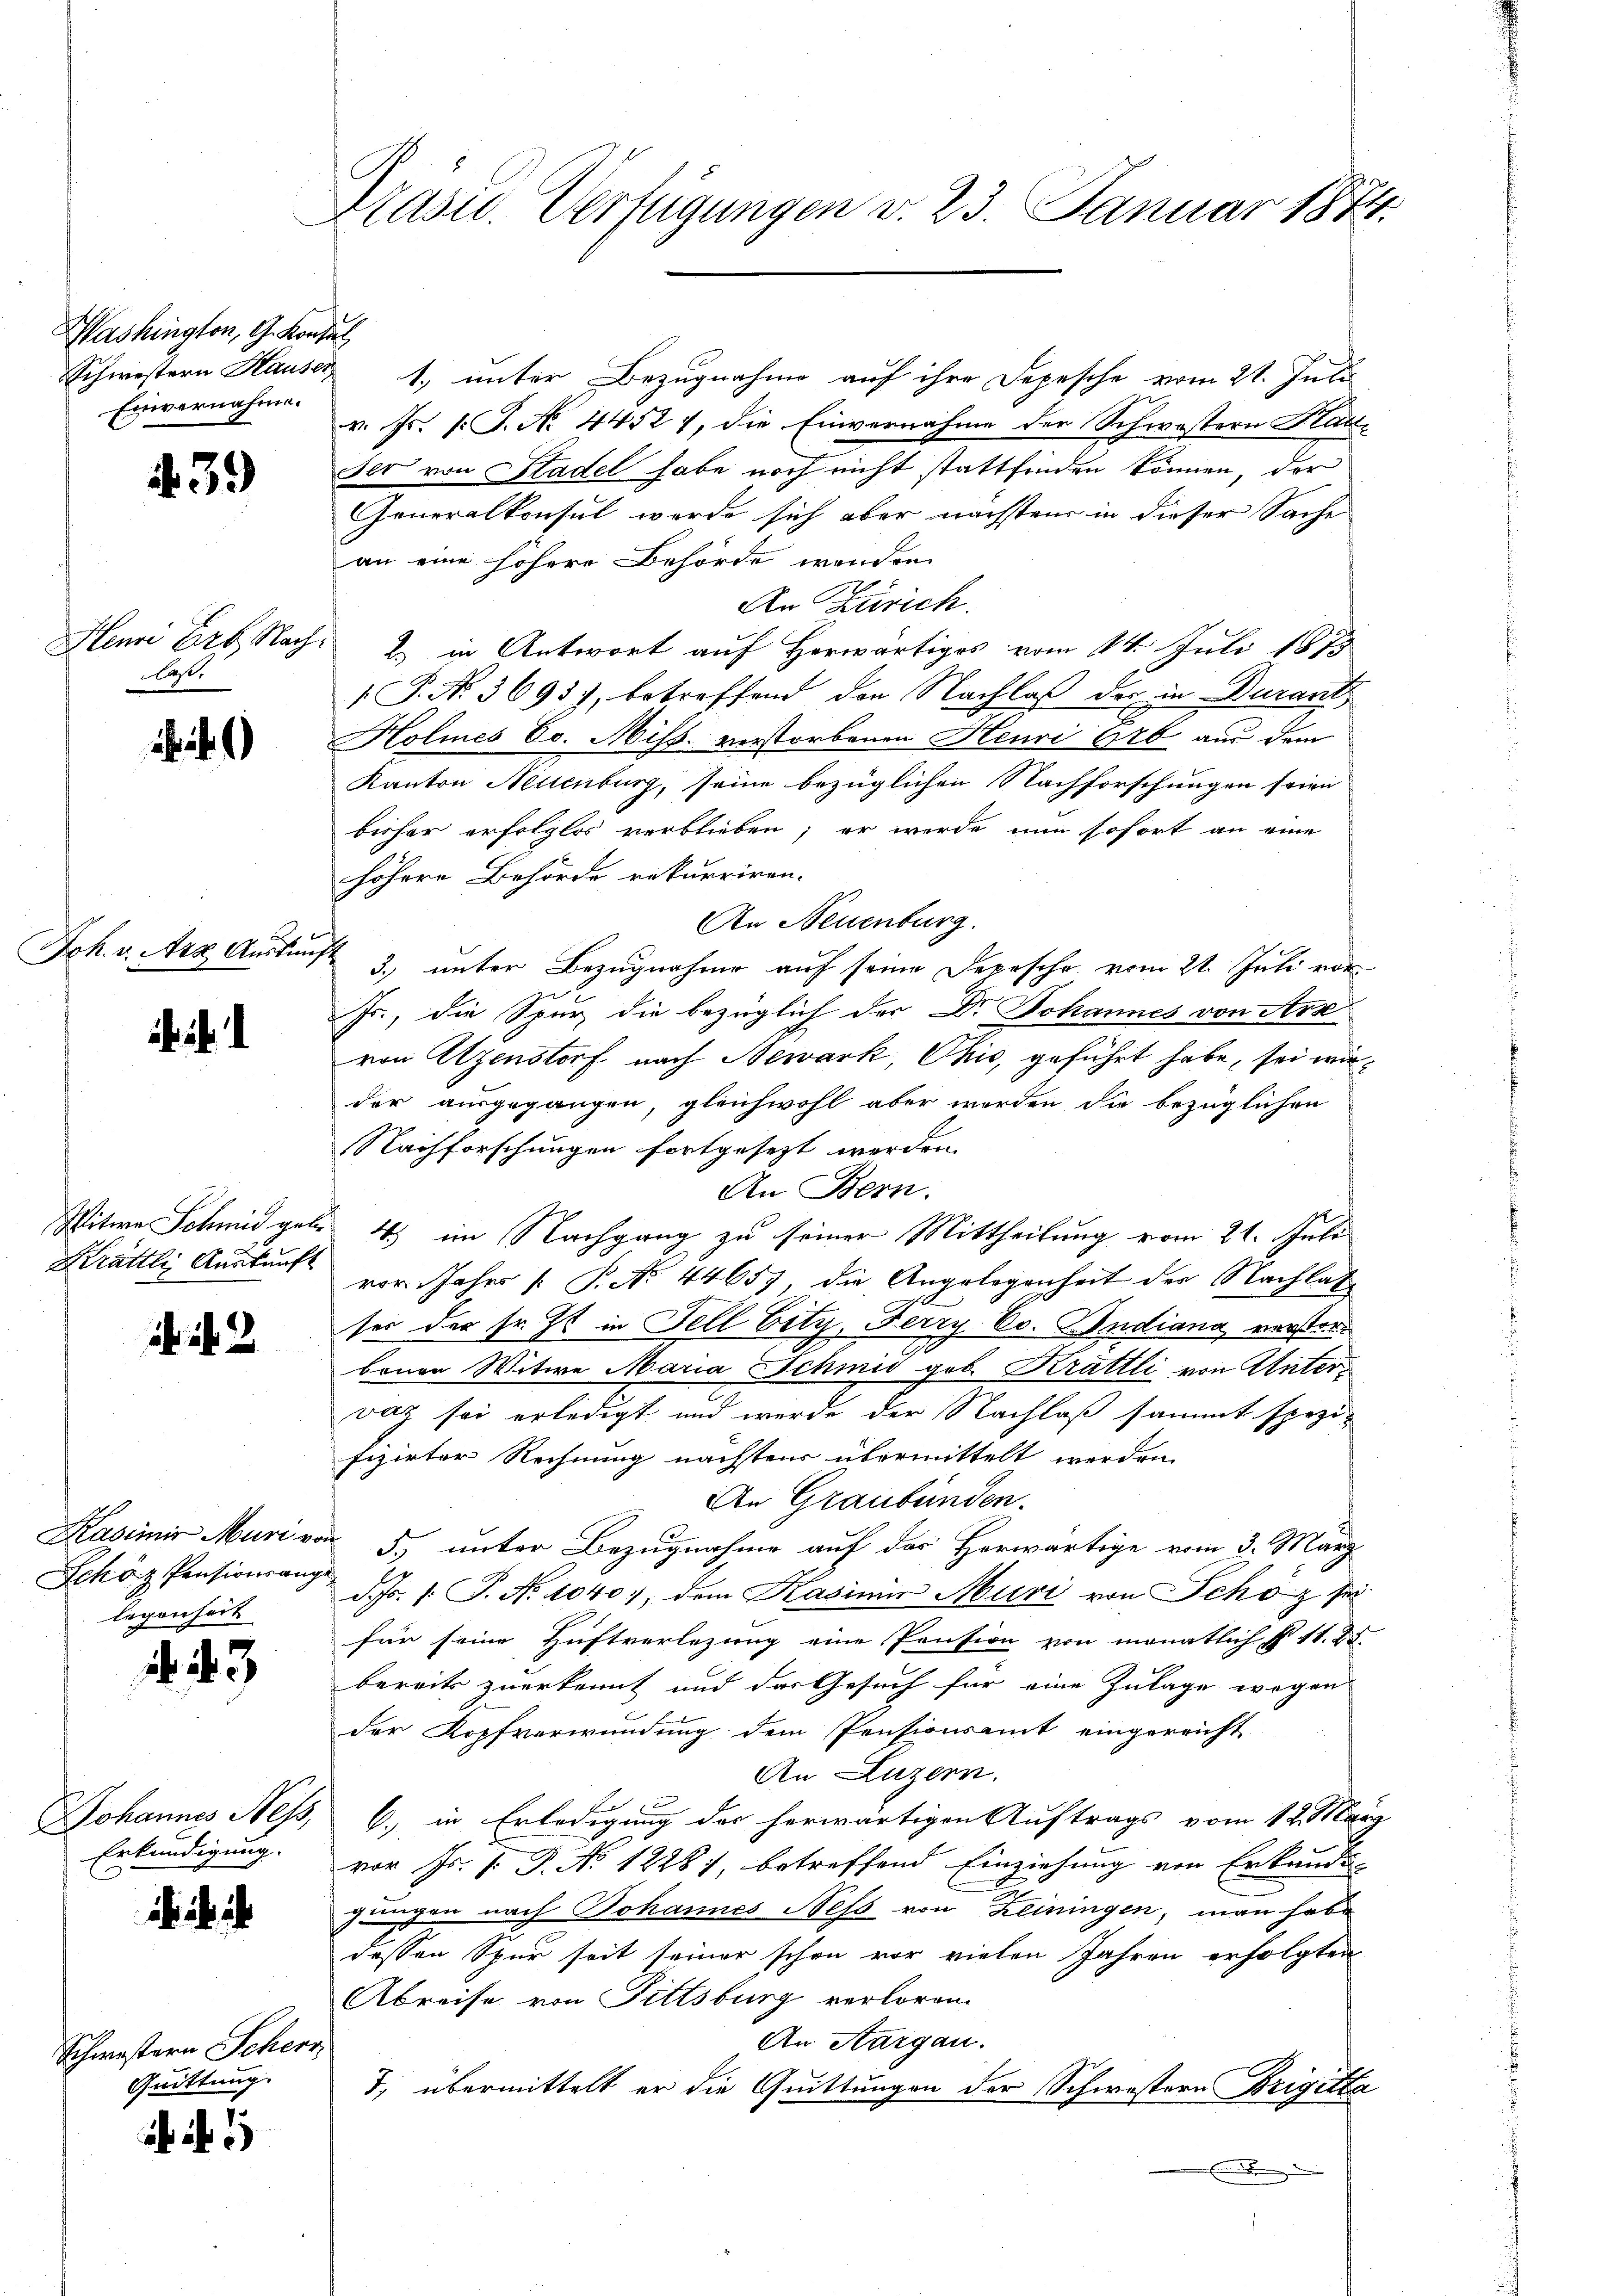
Washington, G. Konsul
Schwestern Hausen
Einvernahme.

Henri Erb Nach¬
Aast.

Joh. v. Art Auskauf

Witwe Schmid gele
Strättli Auskunft

3.

439)

)

16. 2

Kasimir Muri von
Schöz Pensionsange
legenheit

Johannes Ness,
Erkundigung.

Schwestern Scherz
Quittung.

8

Präsid. Verfügungen v. 23. Januar 1874.

1. unter Bezugnahme auf ihre Depesche vom 21. Juli
v. Fr. l. J. No. 44521, die Einvernahme der Schwestern Stattser von Stadel habe noch nicht stattfinden können, der
Generalkonsul werde sich aber nächstens in dieser Sache
an eine höhere Behörde wenden
An Zürich.
2) in Antwort auf Horwärtiges vom 14. Juli 1879
 P. N. 3695), betreffend den Nachlaß der in Durant¬
Holines Ec. Miss. verstorbenen Henri 626 aus dem
Kanton Neuenburg, seine bezüglichen Nachforschungen seien
bisher erfolglos verblieben; er werde nun sofort an eine
höhere Behörde rekurriren.
An Neuenburg.
3. unter Bezugnahme auf seine Depesche vom 21. Juli von
Fr., die Spur die bezüglich der Dr Johannes von Arse
von Utzenstorf nach Newark, Chis, geführt habe, sei wäder ausgegangen, gleichwohl aber werden die bezüglichen
Nachforschungen fortgesezt werden.
An Bern.
4) im Nachgang zu seiner Mittheilung vom 21. Juli
vor Jahre [ P. Nr. 44657, die Angelegenheit der Nachlaf
ses der sr. Zt. in Fell bity, Ferry Co. Indiana verstor¬
.
beuen Witwe Maria Schmid gob. Krattli von Untervaz sei erledigt und werde der Nachlaß sammt spezifizirter Rechnung nächstens übermittelt werden
An Graubünden.
5.) unter Bezugnahme auf des Herwärtige vom 3. März
d. Js. /: P. No 1040), dem Kasinin Muri von Schön sei
für seine Huftverlegung eine Pension von monatlich § 11. 25.
bereits zuerkannt und der Gesuch für eine Zulage wegen
der Kopfverwundung dem Pensionsamt eingereicht
An Luzern.
x
6. in Erledigung der herwärtigen Auftrags vom 12. März
vor Hr. P. Nr. 12281, betreffend Einziehung von Erkunde
jungen nach Johannes Ness von Leiningen, man habe
dessen Spur seit seiner schon vor vielen Jahren erfolgten
Abreise von Fittsburg verloren.
An Aargau.
7, übermittelt er die Quittungen der Schwestern Brigitta
E